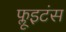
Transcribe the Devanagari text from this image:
फ्लूइटंस